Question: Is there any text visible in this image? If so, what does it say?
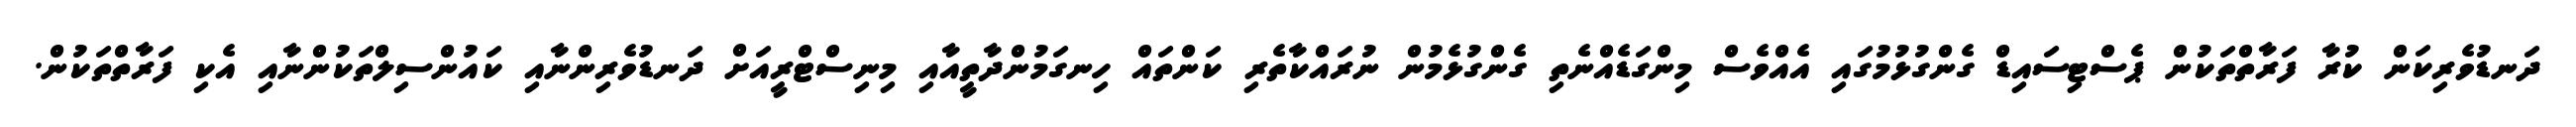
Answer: ދަނޑުވެރިކަން ކުރާ ފަރާތްތަކުން ޕެސްޓިސައިޑް ގެންގުޅުމުގައި އެއްވެސް މިންގަޑެއްނެތި ގެންގުޅެމުން ނުރައްކާތެރި ކަންތައް ހިނގަމުންދާތީއާއި މިނިސްޓްރީއަށް ދަނޑުވެރިންނާއި ކައުންސިލްތަކުންނާއި އެކި ފަރާތްތަކުން.